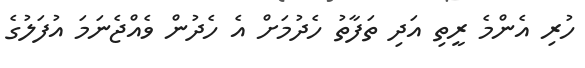
ހުރި އެންމެ ރީތި އަދި ތަފާތު ހެދުމަށް އެ ހެދުން ވެއްޖެނަމަ އުފަލުގެ